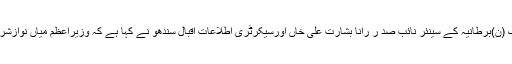
بر سٹل ( پ ر )پاکستان مسلم لیگ (ن)برطانیہ کے سینئر نائب صد ر رانا بشارت علی خاں اورسیکرٹری اطلاعات اقبال سندھو نے کہا ہے کہ وزیراعظم میاں نوازشریف نے بھارتی دبائومستردکردیا۔